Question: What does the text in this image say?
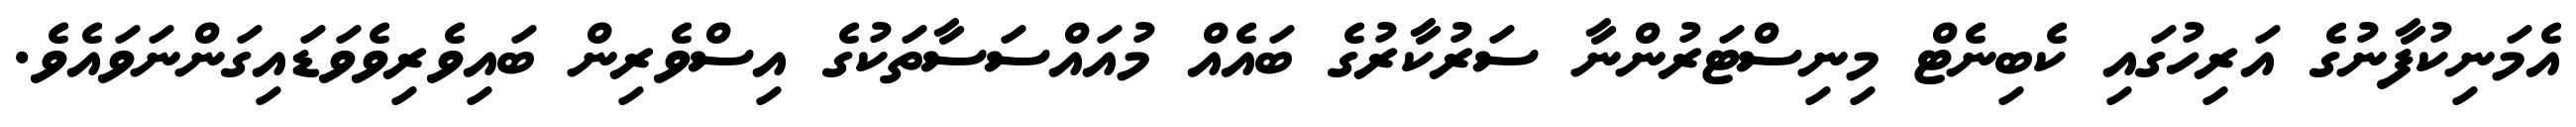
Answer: އެމަނިކުފާނުގެ އަރިހުގައި ކެބިނެޓް މިނިސްޓަރުންނާ ސަރުކާރުގެ ބައެއް މުއައްސަސާތަކުގެ އިސްވެރިން ބައިވެރިވެވަޑައިގަންނަވައެވެ.